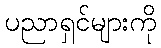
ပညာရှင်များကို